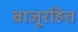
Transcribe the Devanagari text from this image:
बाजूरहित